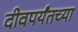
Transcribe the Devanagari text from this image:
दीवपर्यंतच्या